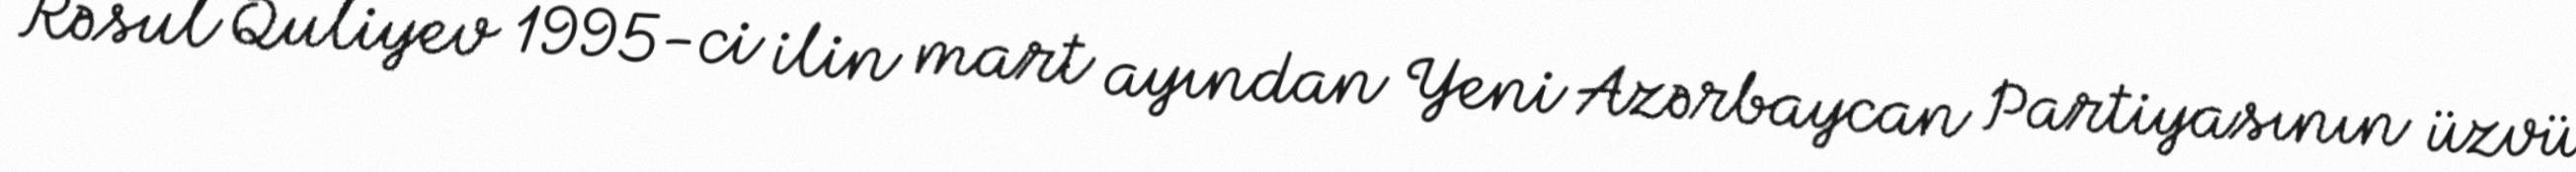
Rəsul Quliyev 1995-ci ilin mart ayından Yeni Azərbaycan Partiyasının üzvü